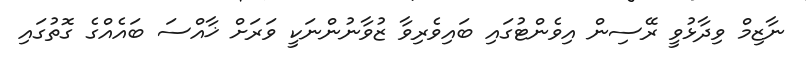
ނާޒިމް ވިދާޅުވީ ރޭސިން އިވެންޓުގައި ބައިވެރިވާ ޒުވާނުންނަކީ ވަރަށް ޚާއްސަ ބައެއްގެ ގޮތުގައި